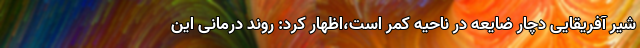
شیر آفریقایی دچار ضایعه در ناحیه کمر است،اظهار کرد: روند درمانی این